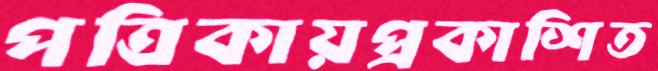
পত্রিকায়প্রকাশিত